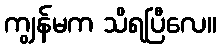
ကျွန်မက သိရပြီလေ။